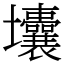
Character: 㚂